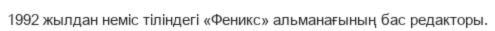
1992 жылдан неміс тіліндегі «Феникс» альманағының бас редакторы.